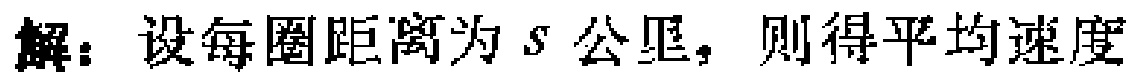
解：设每圈距离为\(s\)公里，则得平均速度